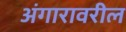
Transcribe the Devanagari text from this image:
अंगारावरील